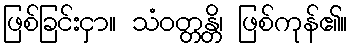
ဖြစ်ခြင်းငှာ။ သံဝတ္တန္တိ၊ ဖြစ်ကုန်၏။